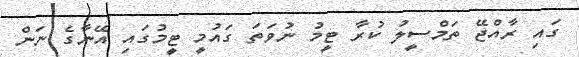
ގައި ރާއްޖޭ ތަމްސީލު ކުރާ ޓީމު ނުވަތަ ގައުމީ ޓީމުގައި އޭނާގެ ނަން